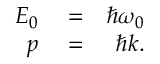
\begin{array} { r l r } { E _ { 0 } } & { { } = } & { \hbar \omega _ { 0 } } \\ { p } & { { } = } & { \hbar k . } \end{array}